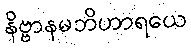
နိဗ္ဗာနမဘိဟာရယေ